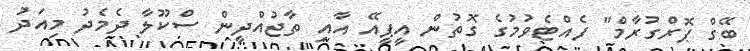
ބޭގް ޕޮރްގުރާމް" ފެއްޓެވުމުގެ ގޮތުން އީޕީއޭ އާއި ތާޖުއްދީން ސްކޫލާ ދެމެދު މިއަދު